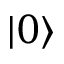
\ensuremath { \vert 0 \rangle }